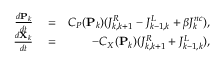
\begin{array} { r l r } { \frac { d \mathbf { P } _ { k } } { d t } } & { { } = } & { C _ { P } ( \mathbf { P } _ { k } ) ( J _ { k , k + 1 } ^ { R } - J _ { k - 1 , k } ^ { L } + \beta J _ { k } ^ { n c } ) , } \\ { \frac { d \mathbf { X } _ { k } } { d t } } & { { } = } & { - C _ { X } ( \mathbf { P } _ { k } ) ( J _ { k , k + 1 } ^ { R } + J _ { k - 1 , k } ^ { L } ) , } \end{array}